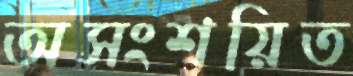
অসংশয়িত